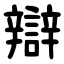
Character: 辯